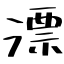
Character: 漂